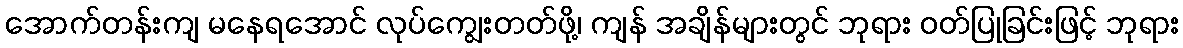
အောက်တန်းကျ မနေရအောင် လုပ်ကျွေးတတ်ဖို့၊ ကျန် အချိန်များတွင် ဘုရား ဝတ်ပြုခြင်းဖြင့် ဘုရား